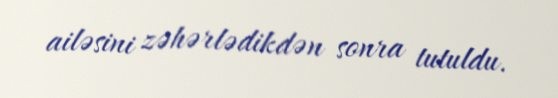
ailəsini zəhərlədikdən sonra tutuldu.